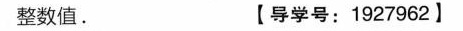
整数值。 【导学号：1927962】